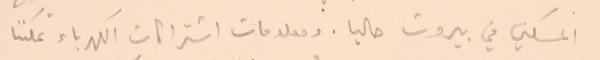
السكني في بيروت حاليا. ومعلومات اشتراكات الكهرباء تمكننا